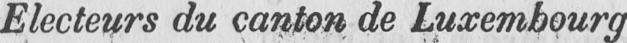
Electeurs du canton de Luxembourg